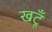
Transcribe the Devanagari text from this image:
खटूँ